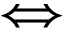
\Longleftrightarrow